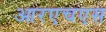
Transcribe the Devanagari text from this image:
आरएचएस